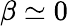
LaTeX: \beta\simeq 0